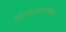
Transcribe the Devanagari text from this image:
झोळीवाल्यांच्या